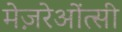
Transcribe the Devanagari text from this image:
मेज़रेओंत्सी